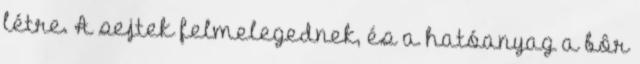
létre. A sejtek felmelegednek, és a hatóanyag a bôr